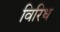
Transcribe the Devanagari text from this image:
विरिध